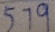
5 7 9